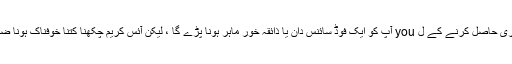
یقینا ، ایسی نوکری حاصل کرنے کے ل you آپ کو ایک فوڈ سائنس دان یا ذائقہ خور ماہر ہونا پڑے گا ، لیکن آئس کریم چکھنا کتنا خوفناک ہونا ضروری نہیں ہے۔